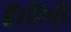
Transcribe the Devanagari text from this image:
हैं।टिनी